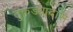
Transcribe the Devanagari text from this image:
तुकड्यादास